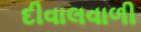
દીવાલવાળી